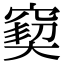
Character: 窫